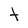
Character: t